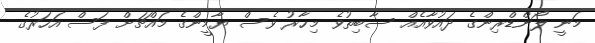
މަނީ ލޯންޑްރިންގެ ދައުވާއެއް ސާބިތުވެ މިހާރު ވެސް ޔާމީންގެ މައްޗަށް ފަސް އަހަރުގެ